Civil Veterinary Dept. North-West Frontier Province 1933-46 - 1933-1946
Year: 1933
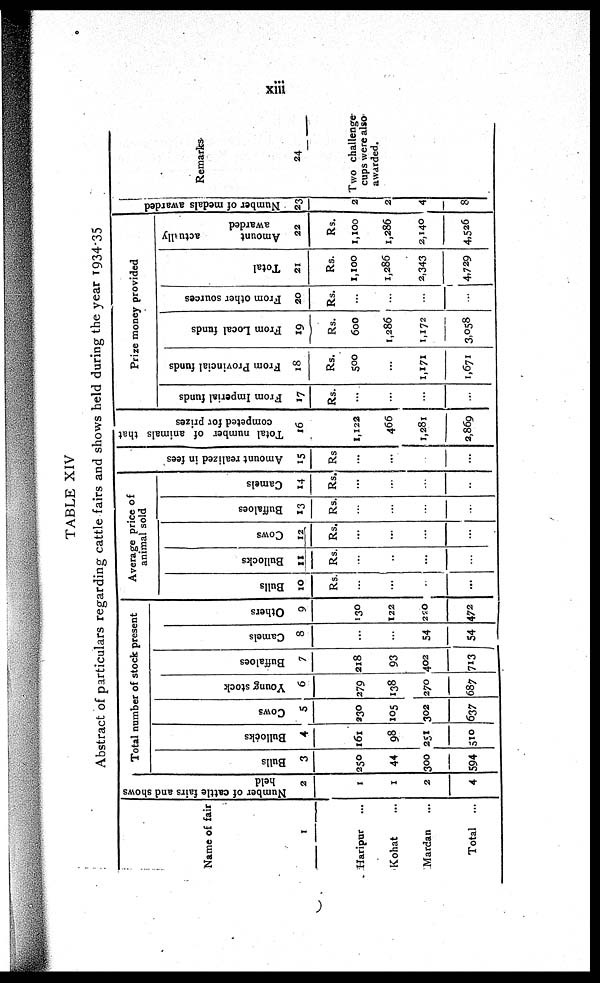
xiii
TABLE XIV
Abstract of particulars regarding cattle fairs and shows held during the year 1934-35
Name of fair
1
Haripur ...
Kohat ...
Mardan ...
Total
...
Number of cattle fairs and shows
held
2
1
1
2
4
Total number of stock present
Bulls
3
250
44
300
594
Bullocks
4
161
98
251
510
Cows
5
230
105
302
637
Young stock
6
279
138
270
687
Buffaloes
7
218
93
402
713
Camels
8
...
...
54
54
Others
9
130
122
220
472
Average price of
animal sold
Bulls
10
Rs.
...
...
...
...
Bullocks
11
Rs.
...
..
...
...
Cows
12
Rs.
...
...
...
...
Buffaloes
13
Rs.
...
...
...
...
Camels
14
Rs.
...
...
...
...
Amount realized in fees
15
Rs
...
...
...
...
Total number of animals that
competed for prizes
16
1,122
466
1,281
2,869
Prize money provided
From Imperial funds
17
Rs.
...
...
...
...
From Provincial funds
18
Rs.
500
...
1,171
1,671
From Local funds
19
Rs.
600
1,286
1,172
3,058
From other sources
20
Rs.
...
...
...
...
Total
21
Rs.
1,100
1,286
2,343
4,729
Amount
actually
awarded
22
Rs.
1,100
1,286
2,140
4,526
Number of medals awarded
23
2
2
4
8
Remarks
24
Two challenge
cups were also
awarded.